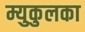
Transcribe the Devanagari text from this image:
म्युकुलका